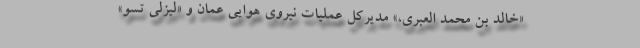
«خالد بن محمد العبری،» مدیرکل عملیات نیروی هوایی عمان و «لیزلی تسو»